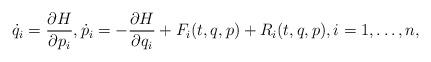
LaTeX: \begin{align*} \dot q_i=\frac{\partial H}{\partial p_i},\dot p_i=-\frac{\partial H}{\partial q_i}+F_i(t,q,p)+R_i(t,q,p), i=1,\dots,n,\end{align*}